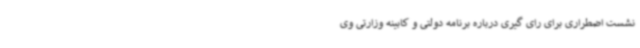
نشست اضطراری برای رای گیری درباره برنامه دولتی و کابینه وزارتی وی